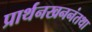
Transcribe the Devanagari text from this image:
प्रार्थनखननंतथा